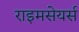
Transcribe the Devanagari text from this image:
राइमसेयर्स